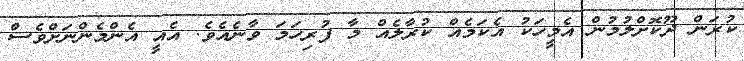
ކުރަން ދޫކޮށްލުމުން އެމީހަކު އެކަމެއް ކުރާލެއް މާ ފުރިހަމަ ވާނެއެވެ. އެއީ އެންމެންނަށްވެސް